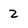
Character: 2